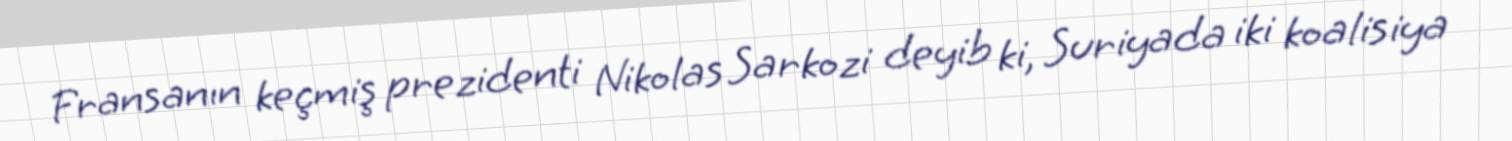
Fransanın keçmiş prezidenti Nikolas Sarkozi deyib ki, Suriyada iki koalisiya